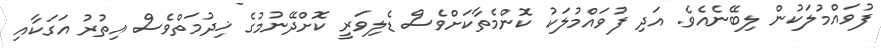
ފުވައްމުލަކުން ލިބޭނެއެވެ. އަދި ފުވައްމުލަކު ކޮންމެތާކަށްވެސް ޑެލިވަރީ ކޮށްދޭނުމުގެ ޚިދުމަތްވެސް އިތުރު އަގަކާއި